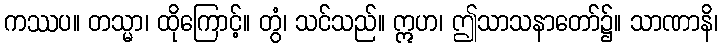
ကဿပ။ တသ္မာ၊ ထိုကြောင့်။ တွံ၊ သင်သည်။ ဣဟ၊ ဤသာသနာတော်၌။ သာဏာနိ၊